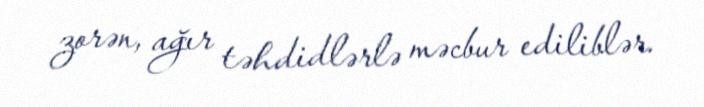
zorən, ağır təhdidlərlə məcbur ediliblər.